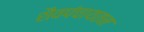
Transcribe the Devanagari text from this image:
शैवपंचायतन